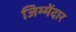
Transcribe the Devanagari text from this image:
जिम्मेंदार